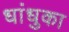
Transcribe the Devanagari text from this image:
धांधुका